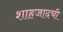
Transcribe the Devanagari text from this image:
शाहजादची